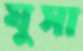
ঘুসা